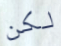
لكن